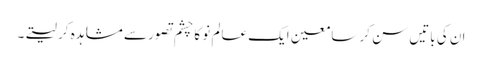
ان کی باتیں سن کر سامعین ایک عالم نو کا چشم تصور سے مشاہدہ کر لیتے۔